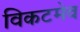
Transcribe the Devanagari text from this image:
विकटमेव